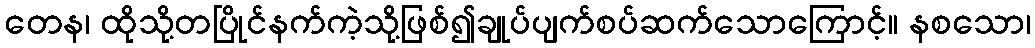
တေန၊ ထိုသို့တပြိုင်နက်ကဲ့သို့ဖြစ်၍ချုပ်ပျက်စပ်ဆက်သောကြောင့်။ နစသော၊